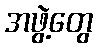
အဖွဲ့တွေ